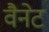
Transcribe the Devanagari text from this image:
वैनेट